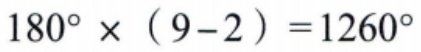
\(180^{\circ} \times (9 - 2)=1260^{\circ}\)